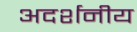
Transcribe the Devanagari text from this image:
अदर्शनीय